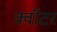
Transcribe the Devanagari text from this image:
क्वॉटर